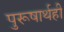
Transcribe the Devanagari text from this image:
पुरूषार्थही